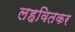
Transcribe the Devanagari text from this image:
लहवितकर